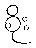
စိုး